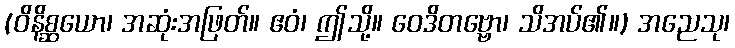
(ဝိနိစ္ဆယော၊ အဆုံးအဖြတ်။ ဧဝံ၊ ဤသို့။ ဝေဒိတဗ္ဗော၊ သိအပ်၏။) အညေသု၊